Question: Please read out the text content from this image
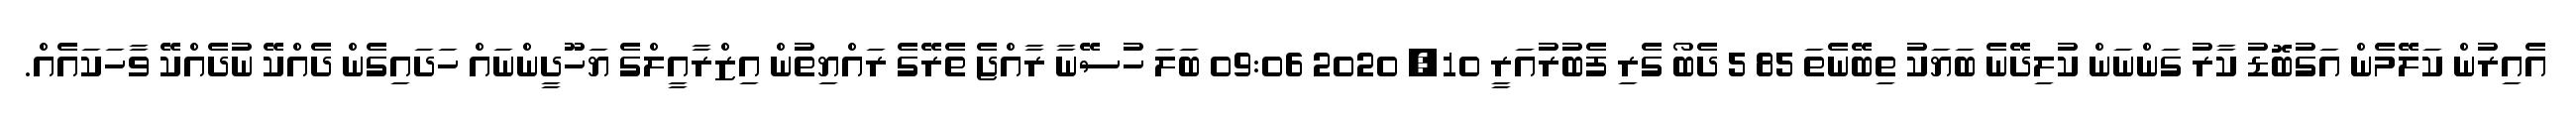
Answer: އެއިރުން ކަލޭމެން އަގުބޮޑު ކާރު ގަންނަން ކުލިދޭނެ ބަޔަކު ތިބޭނެތަ 85 5 ދެބޯ ގެރި ފެބުރުއަރީ 10, 2020 09:06 ބަލަ ހުސޭނާ ރާއްޖެ ތެރޭގެ ރައްޔިތުން އިޒްރާއީލްގެ ޔަހޫދީންނައް ހަދައިގެން ދެއްކޭ ނުދެއްކޭ ވާހަކައެއް.